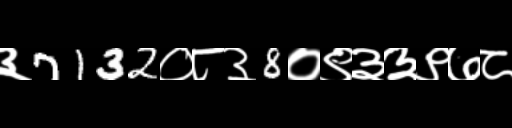
Text: ३7132०८३8०९३३९७८